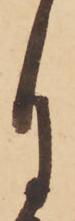
月